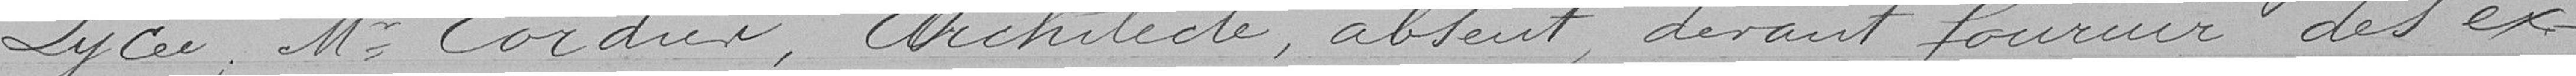
Lycée, M. Cordier, architecte, absent, devant fournir des ex-